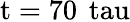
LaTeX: \mathrm{t=70\, \ tau}